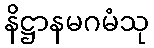
နိဋ္ဌာနမဂမံသု